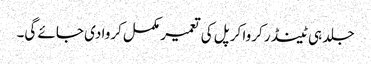
جلد ہی ٹینڈر کروا کر پل کی تعمیر مکمل کروا دی جائے گی۔